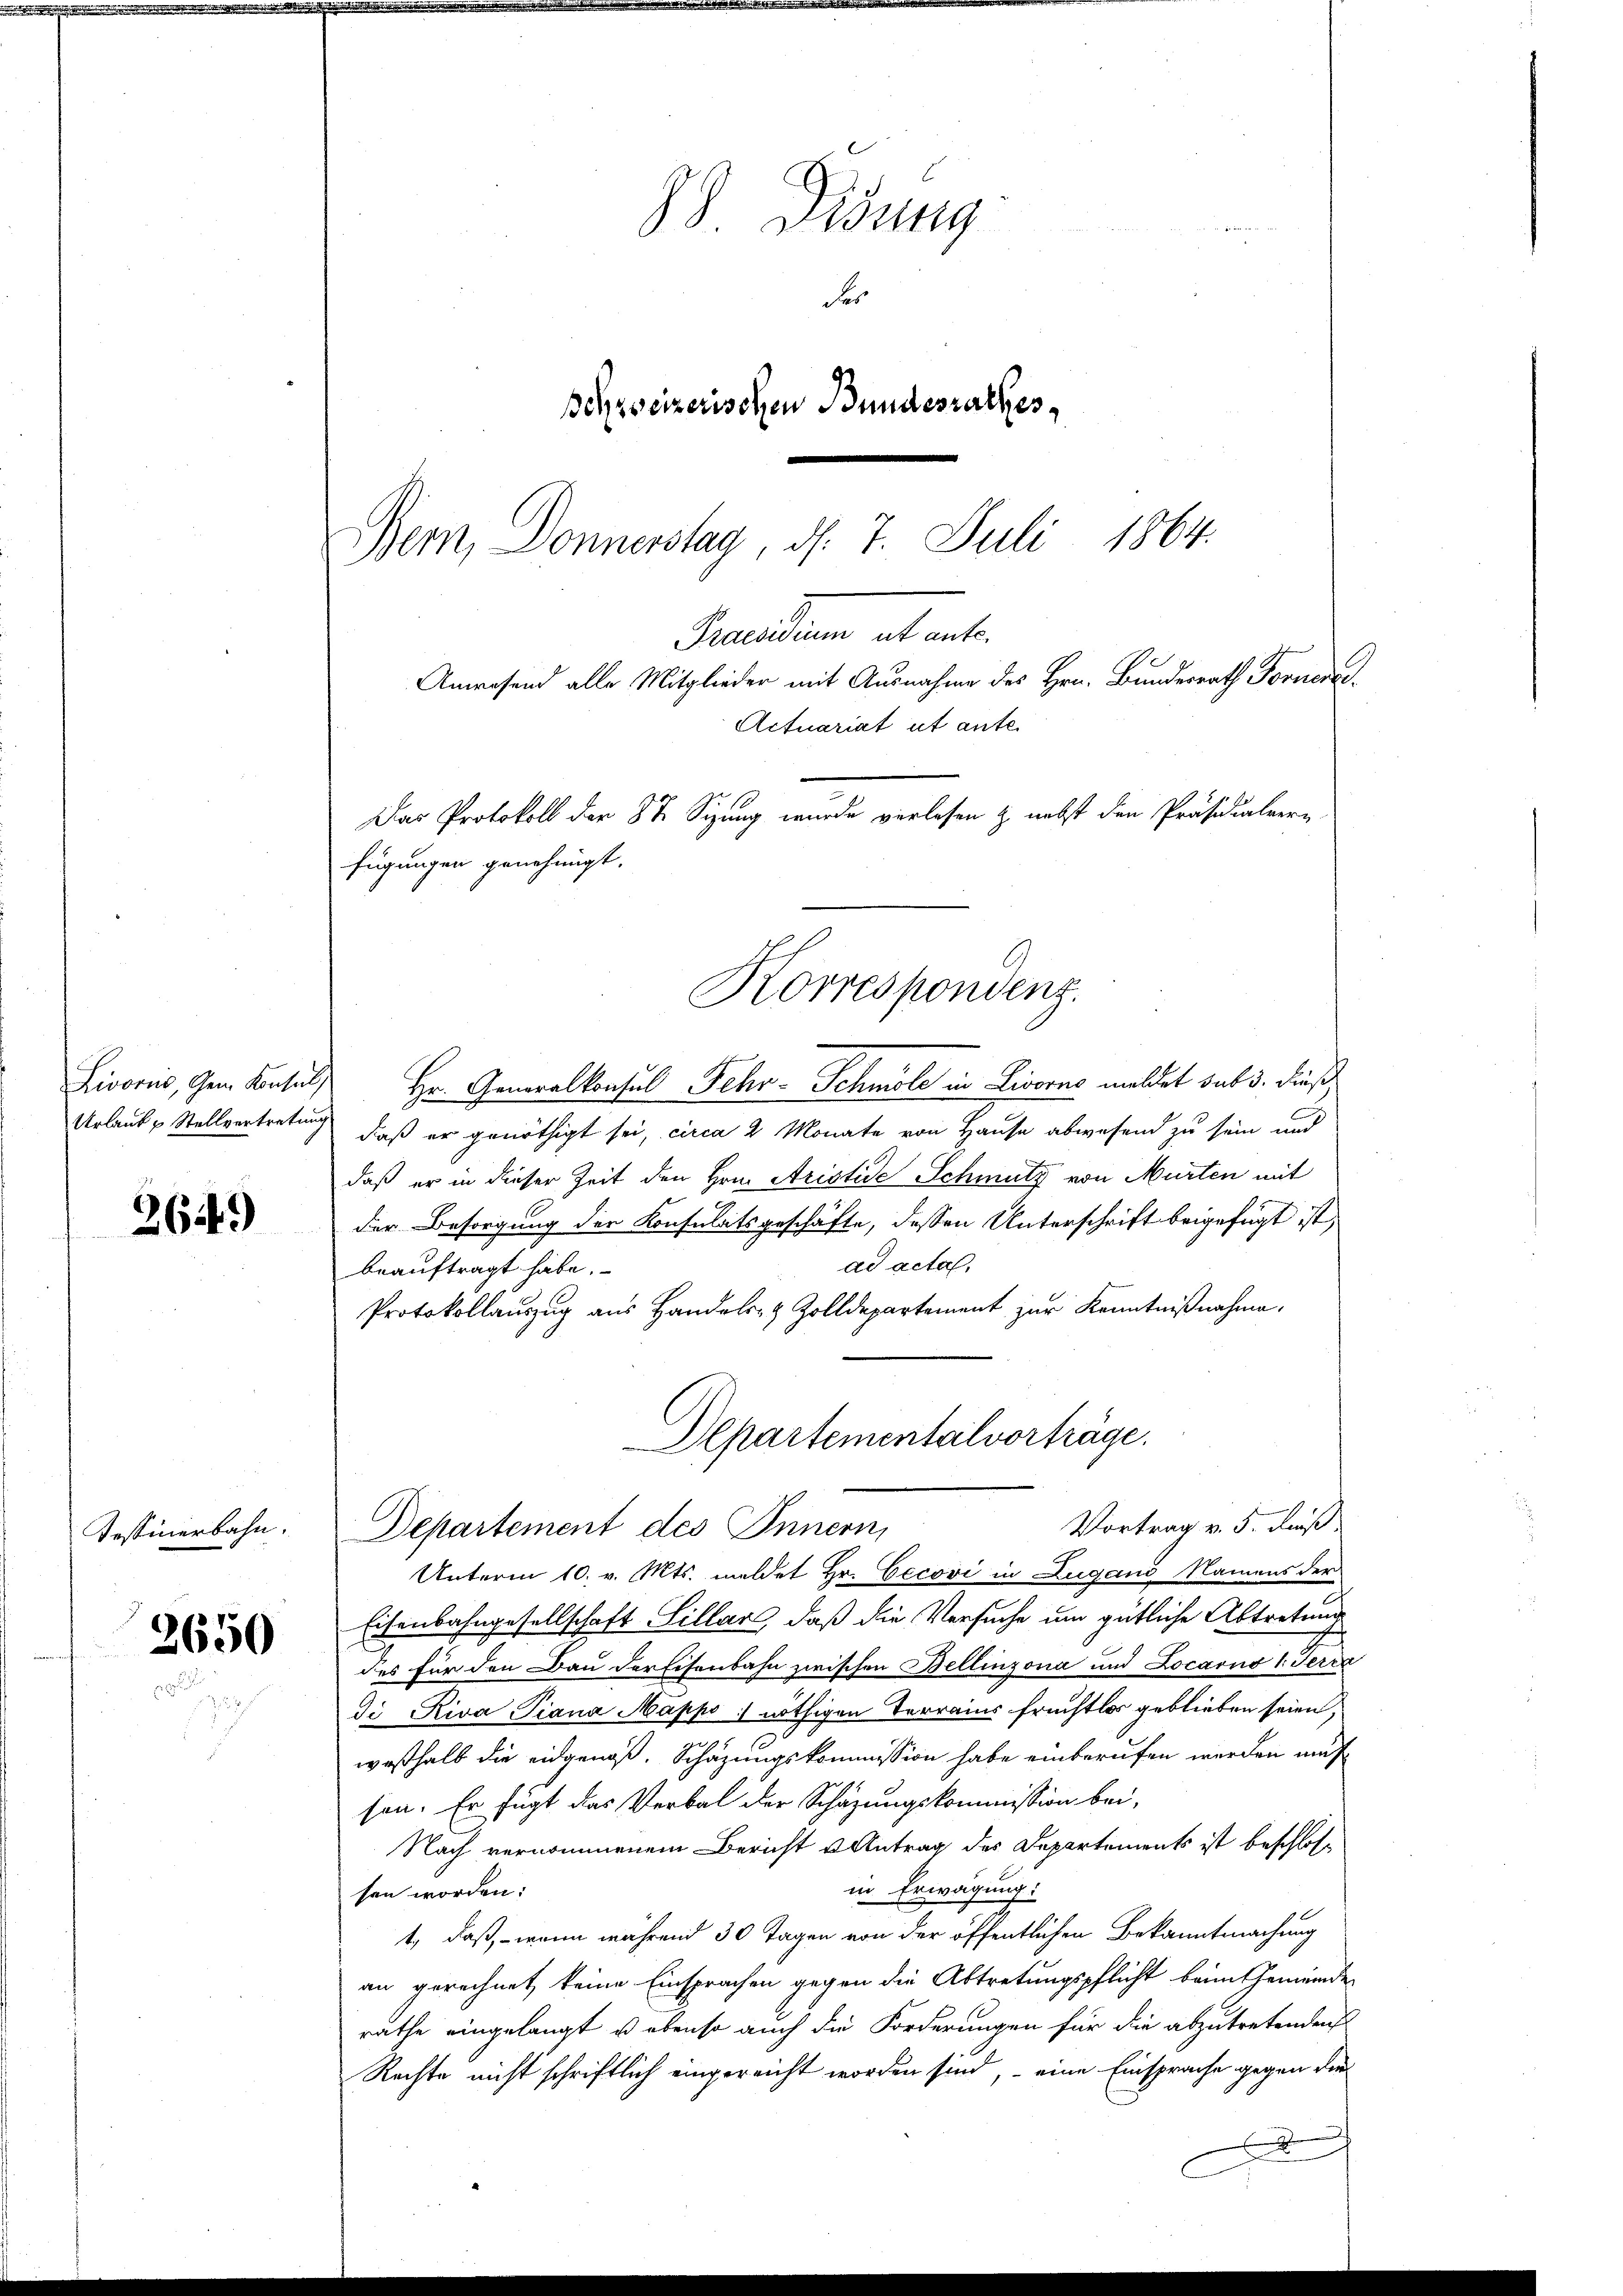
Livorne, Gem. Konsul
Urlaub u Stellvertretun

2649)

Tessinerbahn.

2650

Didung
der
schweizerischen Bundesrathes,
Bern, Donnerstag, d. 7. Juli 1864.

Peuerdien alt ent
Anwesend alle Mitglieder mit Ausnahme des Hrn. Bundesrath Fornerei¬
Actuariat it ante.
Das Protokoll der 8 te Sizung wurde verlesen & nebst den Präsidialver-
fügungen genehmigt.
Korrespondenz.

Hr. Generalkonsul Fehr - Schmolz in Livorne meldet sub 3. dies
daß er genöthigt sei, circa 2 Monate von Hause abwesend zu sein und
daß er in dieser Zeit den Hrn. Aristide Schmutz von Murten mit
der Besorgung der Konsulatsgeschäfte, dessen Unterschrift beigefügt ist,
ad acta,
beauftragt habe.
Protokollauszug aus Handels- & Zolldepartement zur Kenntnißnahme,
Departementailvorträge.
Vortrag v. 5. Fuß
Departement des Innern,
Unterm 10. v. Mts. meldet Hr. Cecovi in Lugano Namens der
Eisenbahngesellschaft Billar, daß die Versuche um gütliche Abtretung
des für den Bau derfisenbahn zwischen Bellinzona und Locarno 1. Seren
de Riva Piana Mappo :/ nöthigen Terrains fruchtlos geblieben seien,
e
weßhalb die eidgenoß. Schazungskommission habe einberufen werden mus
sen. Er fügt das Verbal der Schazungskommission bei,
Nach vernommenem Bericht u Antrag des Departements ist beschlos
in Erwägung:
sen worden.
1., daß, – wenn während 30 Tagen von der öffentlichen Bekanntmachung
an gerechnet, keine Einsprachen gegen die Abtretungspflicht beim Gemeinde
rathe eingelangt, u. ebenso auch die Forderungen für die abzutretenden
Rechte nicht schriftlich eingereicht worden sind, - eine Einsprache gegen der
e